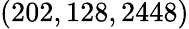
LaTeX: (202,128,2448)